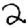
Digit: 2